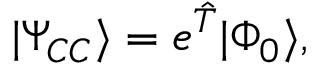
| \Psi _ { C C } \rangle = e ^ { \hat { T } } | \Phi _ { 0 } \rangle ,